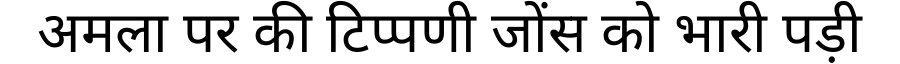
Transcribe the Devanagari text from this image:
अमला पर की टिप्पणी जोंस को भारी पड़ी